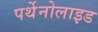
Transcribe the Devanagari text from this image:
पर्थेनोलाइड